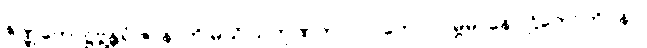
ဇိဏ္ဏကောဋ္ဌဗ္ဘန္တရံ ဇာနာတိ မယိ သကုဏကုလာဝကော လမ္ဗမာနော ဌိတောတိ။ နပိ